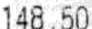
148.50